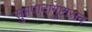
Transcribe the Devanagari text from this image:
सुप्तपादांगुष्टासन